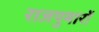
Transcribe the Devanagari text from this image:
राजपुमारों